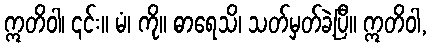
ဣတိဝါ၊ ၎င်း။ မံ၊ ကို။ ဓာရေသိ၊ သတ်မှတ်ခဲ့ပြီ။ ဣတိဝါ,